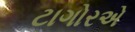
ટાગોરએ